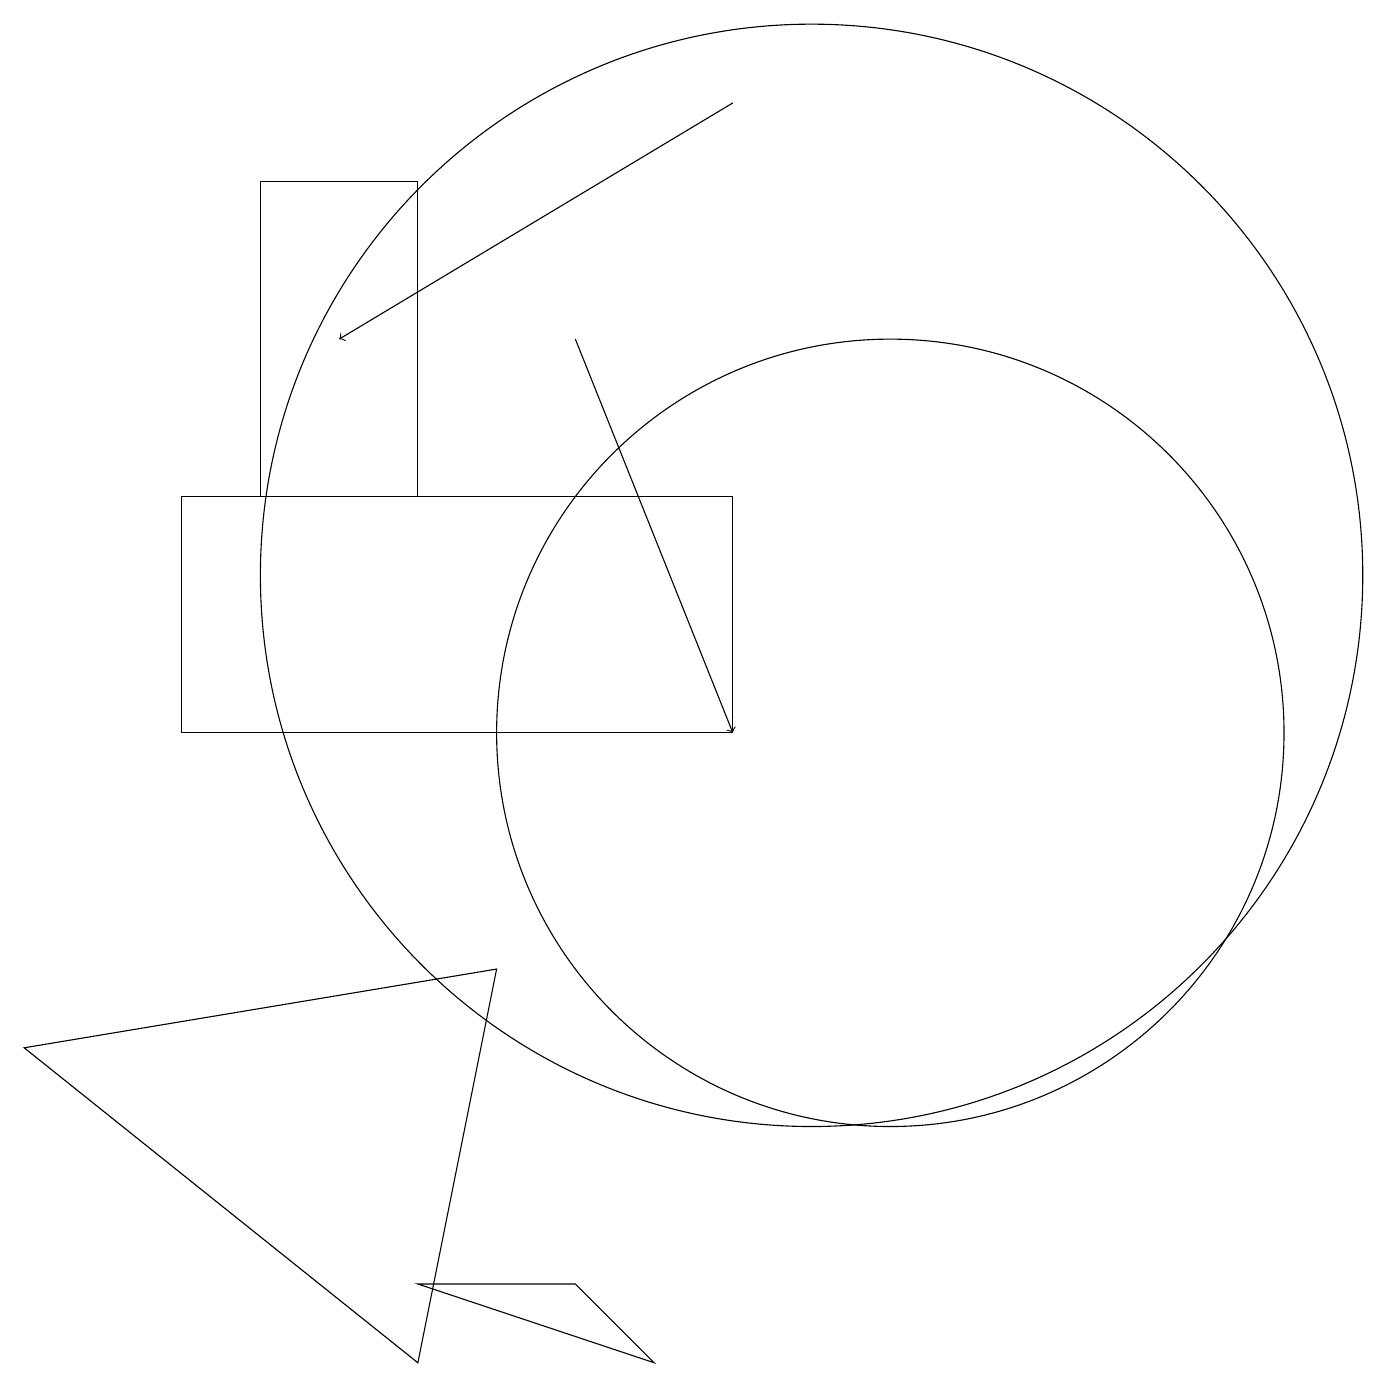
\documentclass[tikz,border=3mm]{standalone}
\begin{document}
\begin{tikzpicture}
\draw[->] (9,18) -- (4,15);
\draw (5,3) -- (8,2) -- (7,3) -- cycle;
\draw (11,10) circle (5);
\draw (5,2) -- (0,6) -- (6,7) -- cycle;
\draw (9,13) rectangle (2,10);
\draw (10,12) circle (7);
\draw[->] (7,15) -- (9,10);
\draw (5,17) rectangle (3,13);
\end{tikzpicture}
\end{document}